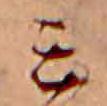
ミ